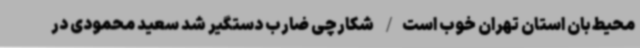
محیط‌بان استان تهران خوب است/ شکارچی ضارب دستگیر شد سعید محمودی در